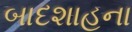
બાદશાહના